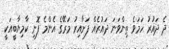
ދެ ދައުރު ހަމަވެ ތިންވަނަ ދައުރެއް ފަށާއިރު މަރޭގެ އެންމެ ފޮނި ކާމިޔާބީއަކީ